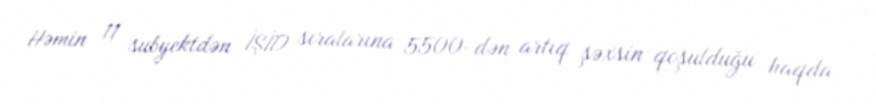
Həmin 11 subyektdən İŞİD sıralarına 5500-dən artıq şəxsin qoşulduğu haqda